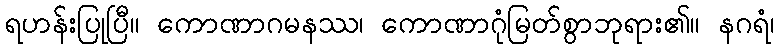
ရဟန်းပြုပြီ။ ကောဏာဂမနဿ၊ ကောဏာဂုံမြတ်စွာဘုရား၏။ နဂရံ၊